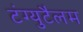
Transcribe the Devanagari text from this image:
टंग्युटैलम